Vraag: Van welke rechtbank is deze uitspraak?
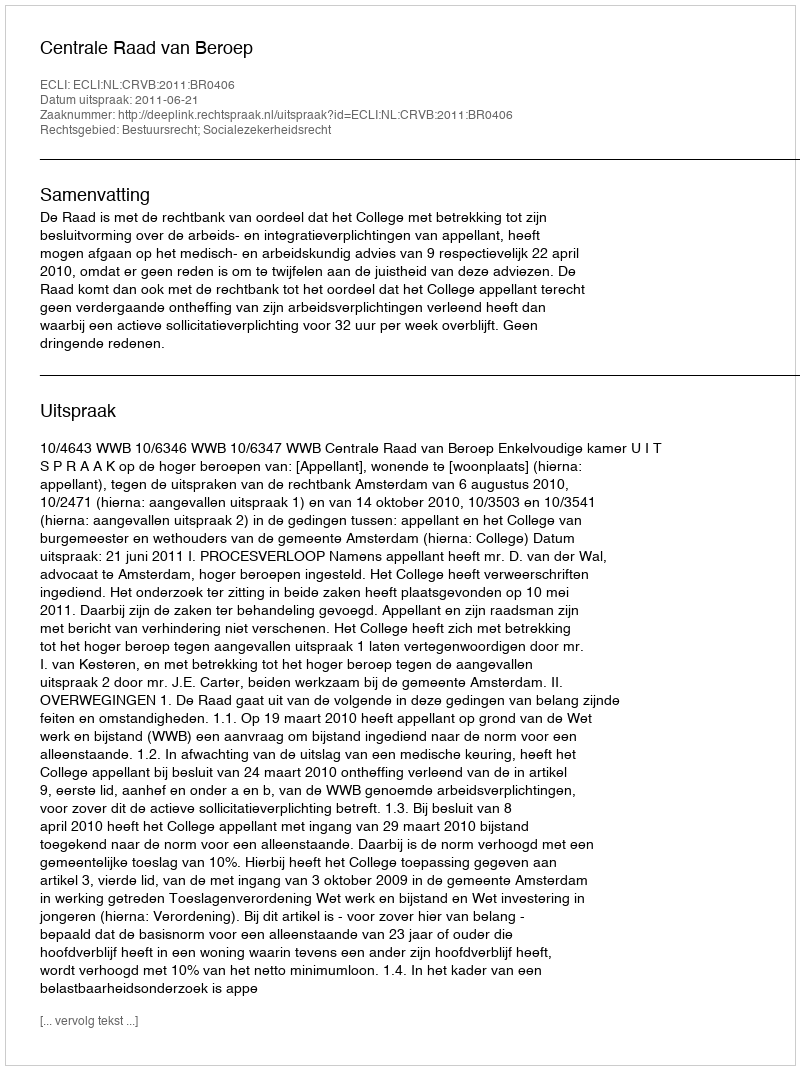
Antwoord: Centrale Raad van Beroep